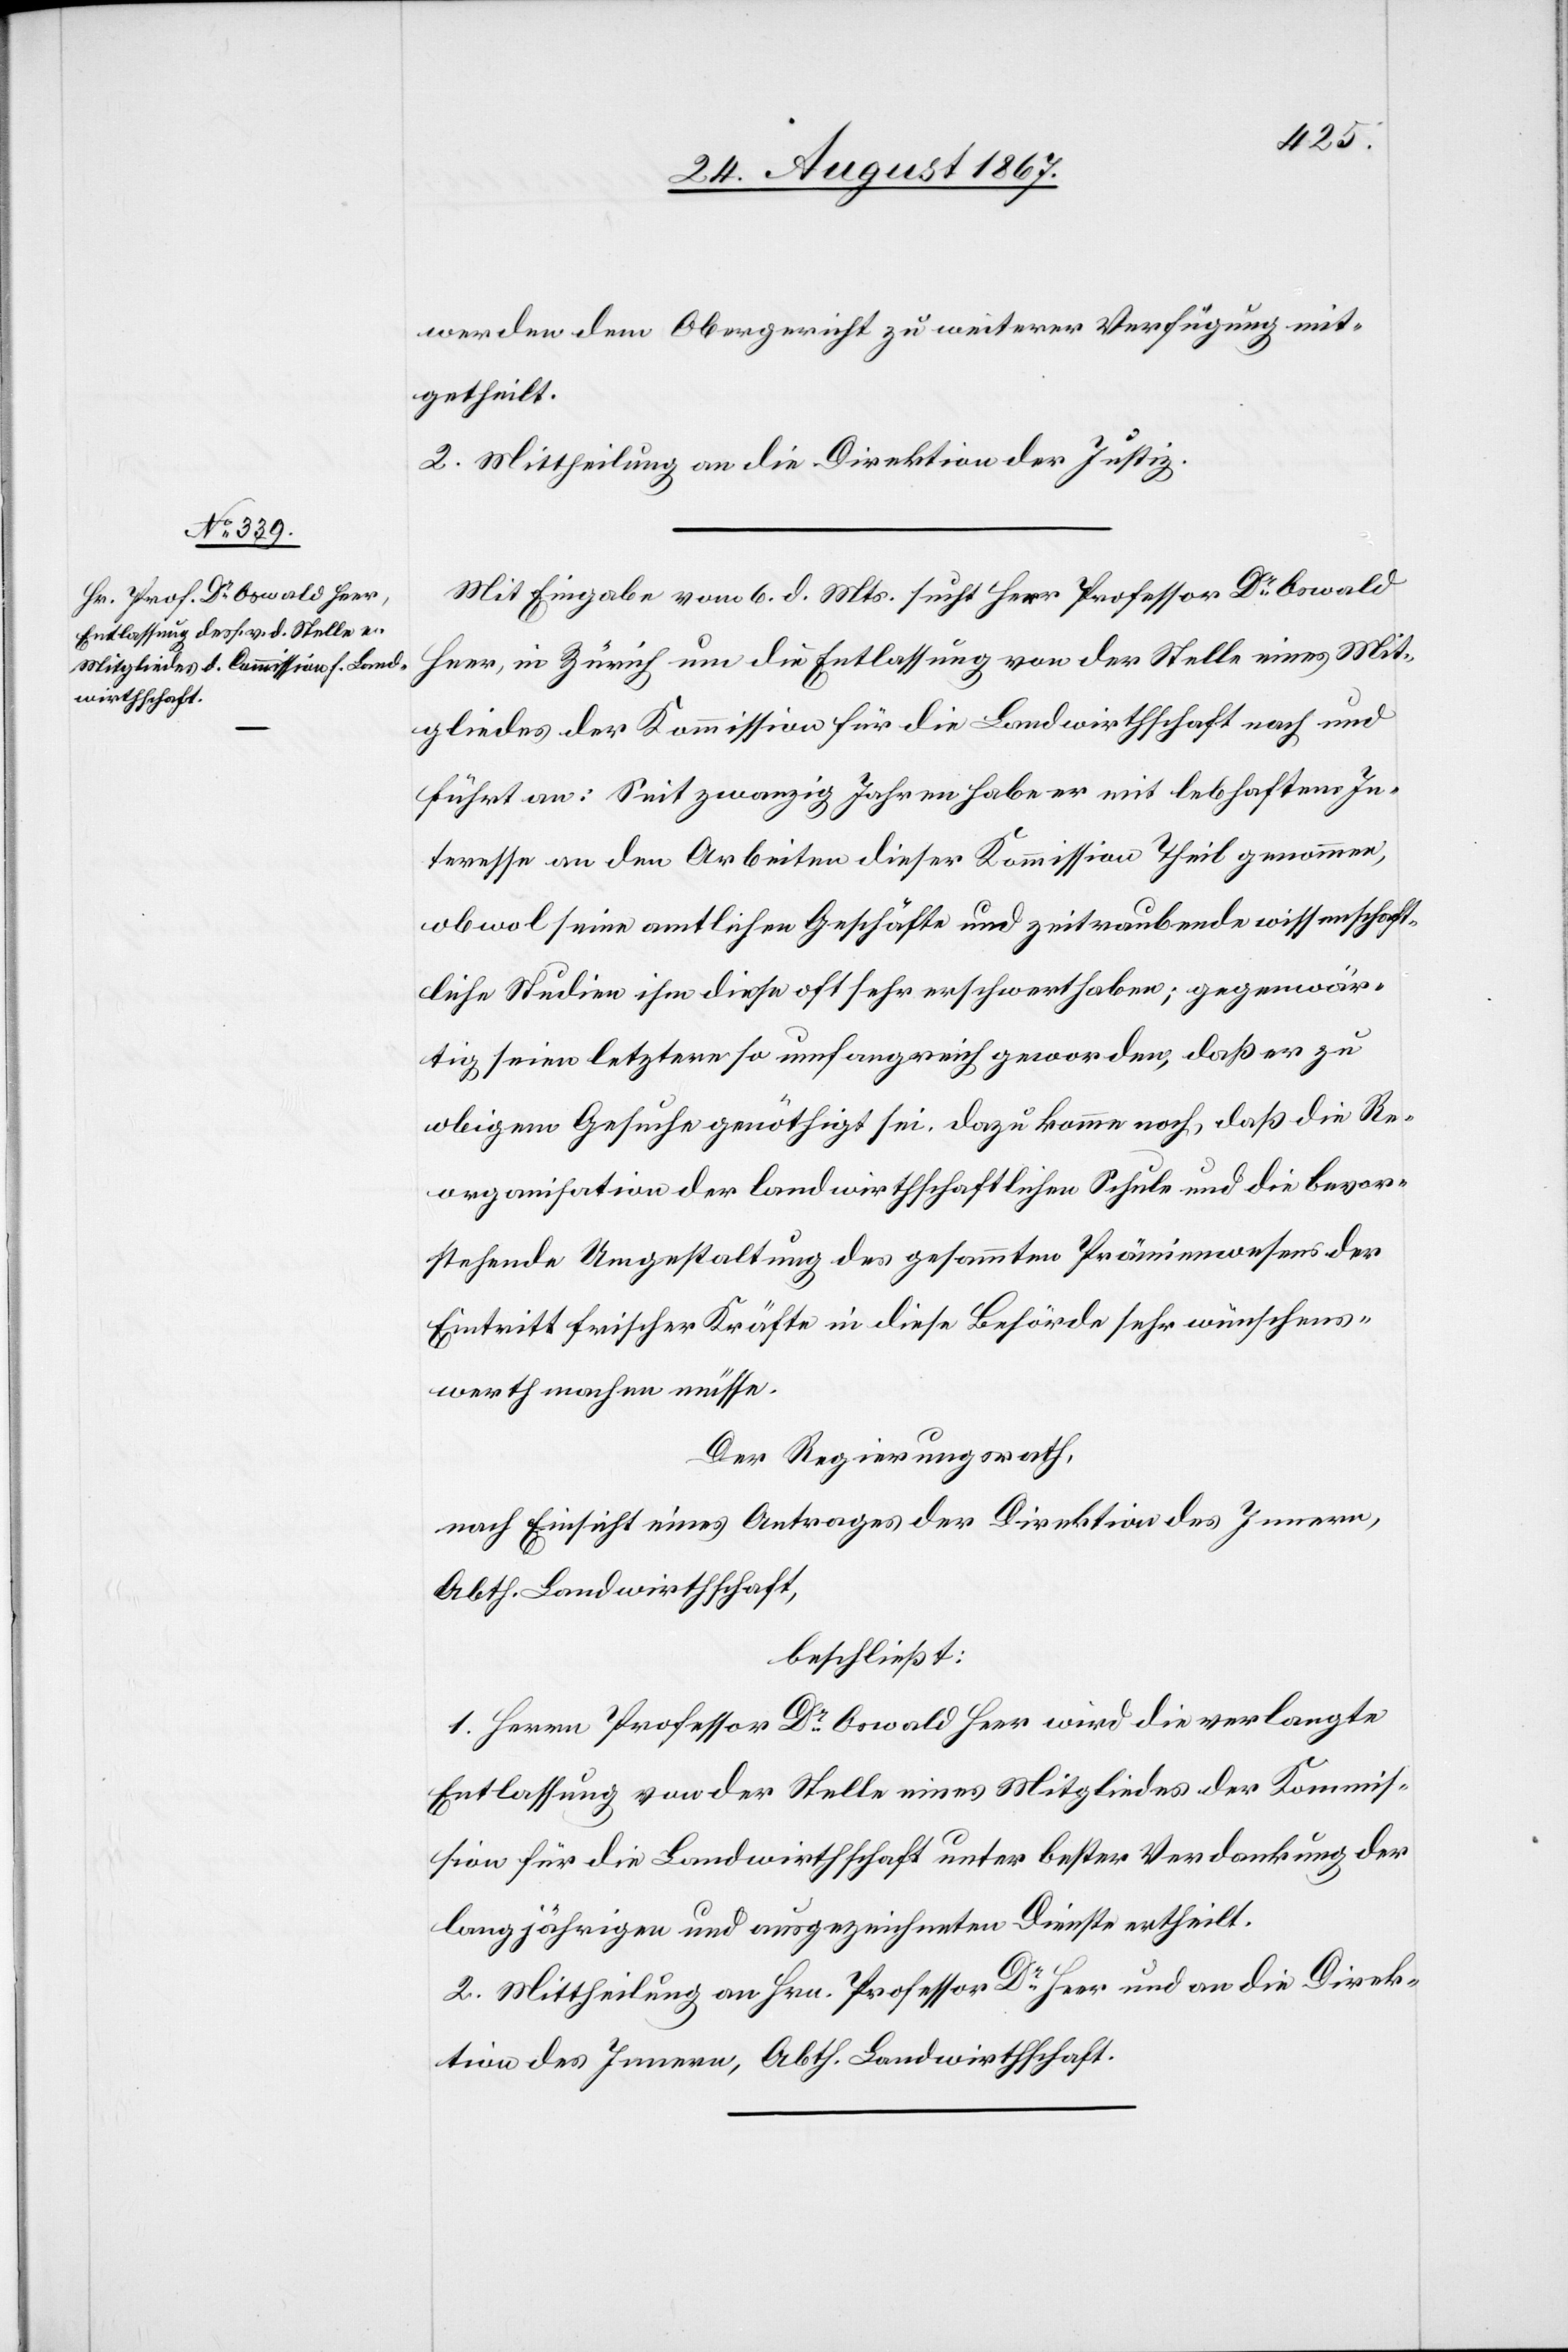
werden dem Obergericht zu weiterer Verfügung mit¬
getheilt.
2. Mittheilung an die Direktion der Justiz.
Mit Eingabe vom 6. d. Mts. sucht Herr Professor Dr. Oswald
Heer, in Zürich um die Entlassung von der Stelle eines Mit¬
gliedes der Kommission für die Landwirthschaft nach und
führt an: Seit zwanzig Jahren habe er mit lebhaftem In¬
teresse an den Arbeiten dieser Kommission Theil genommen,
obwol seine amtlichen Geschäfte und sehr zeitraubende wissenschaft¬
liche Studien ihm diese oft sehr erschwert haben; gegenwär¬
tig seien letztere so umfangreich geworden, daß er zu
obigem Gesuche genöthigt sei. Dazu komme noch, daß die Re¬
organisation der landwirthschaftlichen Schule und die bevor¬
stehende Umgestaltung des gesammten Prämienwesens der
Eintritt frischer Kräfte in diese Behörde sehr wünschens¬
werth machen müsse.
Der Regierungsrath,
nach Einsicht eines Antrages der Direktion des Innern,
Abth. Landwirthschaft,
beschließt:
1. Herrn Professor Dr. Oswald Heer wird die verlangte
Entlassung von der Stelle eines Mitgliedes der Kommis¬
sion für die Landwirthschaft unter bester Verdankung der
langjährigen und ausgezeichneten Dienste ertheilt.
2. Mittheilung an Hrn. Professor Dr. Heer und an die Direk¬
tion des Innern, Abth. Landwirthschaft.